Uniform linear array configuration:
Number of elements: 16
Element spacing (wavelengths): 1
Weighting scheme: cosine
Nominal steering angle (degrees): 0
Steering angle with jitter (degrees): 1.063
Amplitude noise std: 0.05
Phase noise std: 0.05

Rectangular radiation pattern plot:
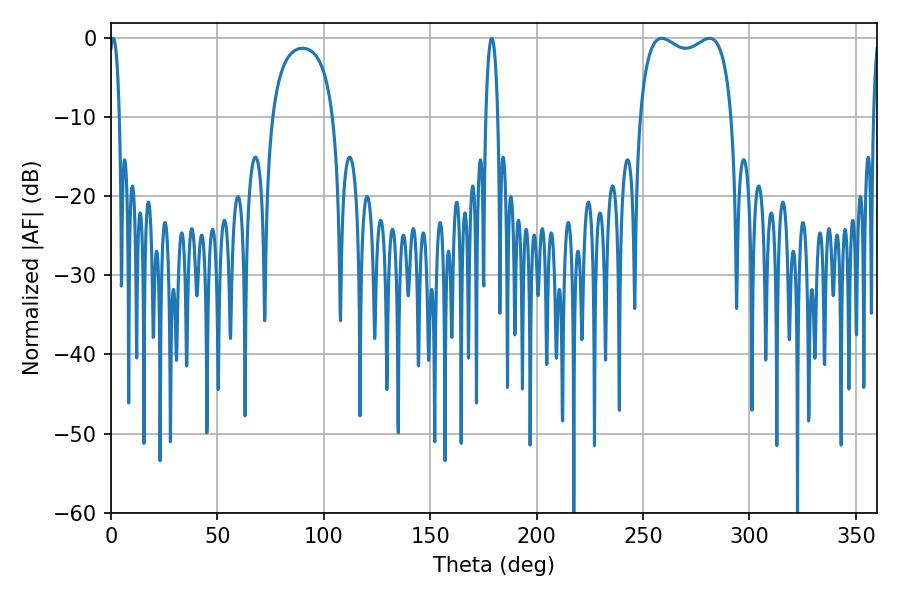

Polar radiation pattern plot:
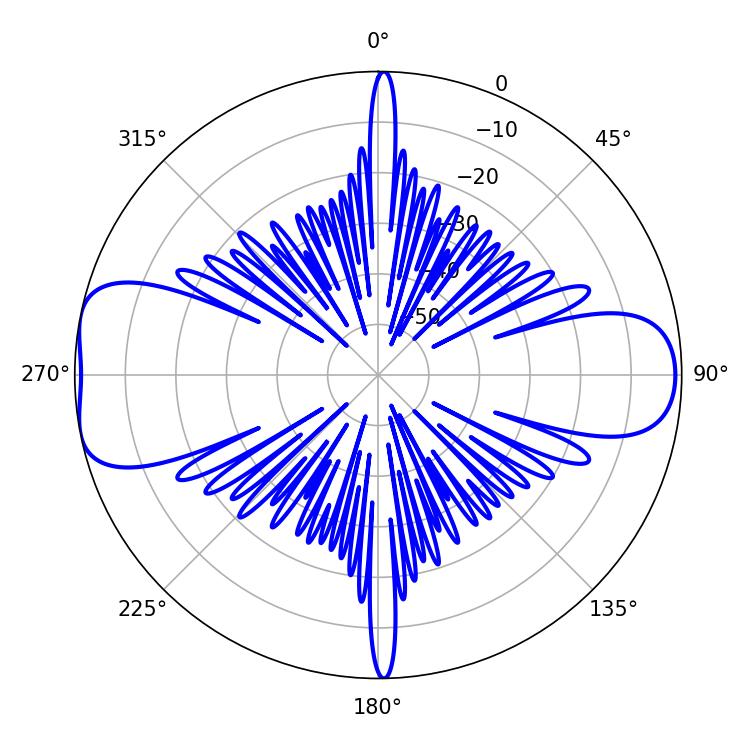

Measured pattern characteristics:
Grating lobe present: TRUE
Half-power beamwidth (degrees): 35.64
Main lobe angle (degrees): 258.84